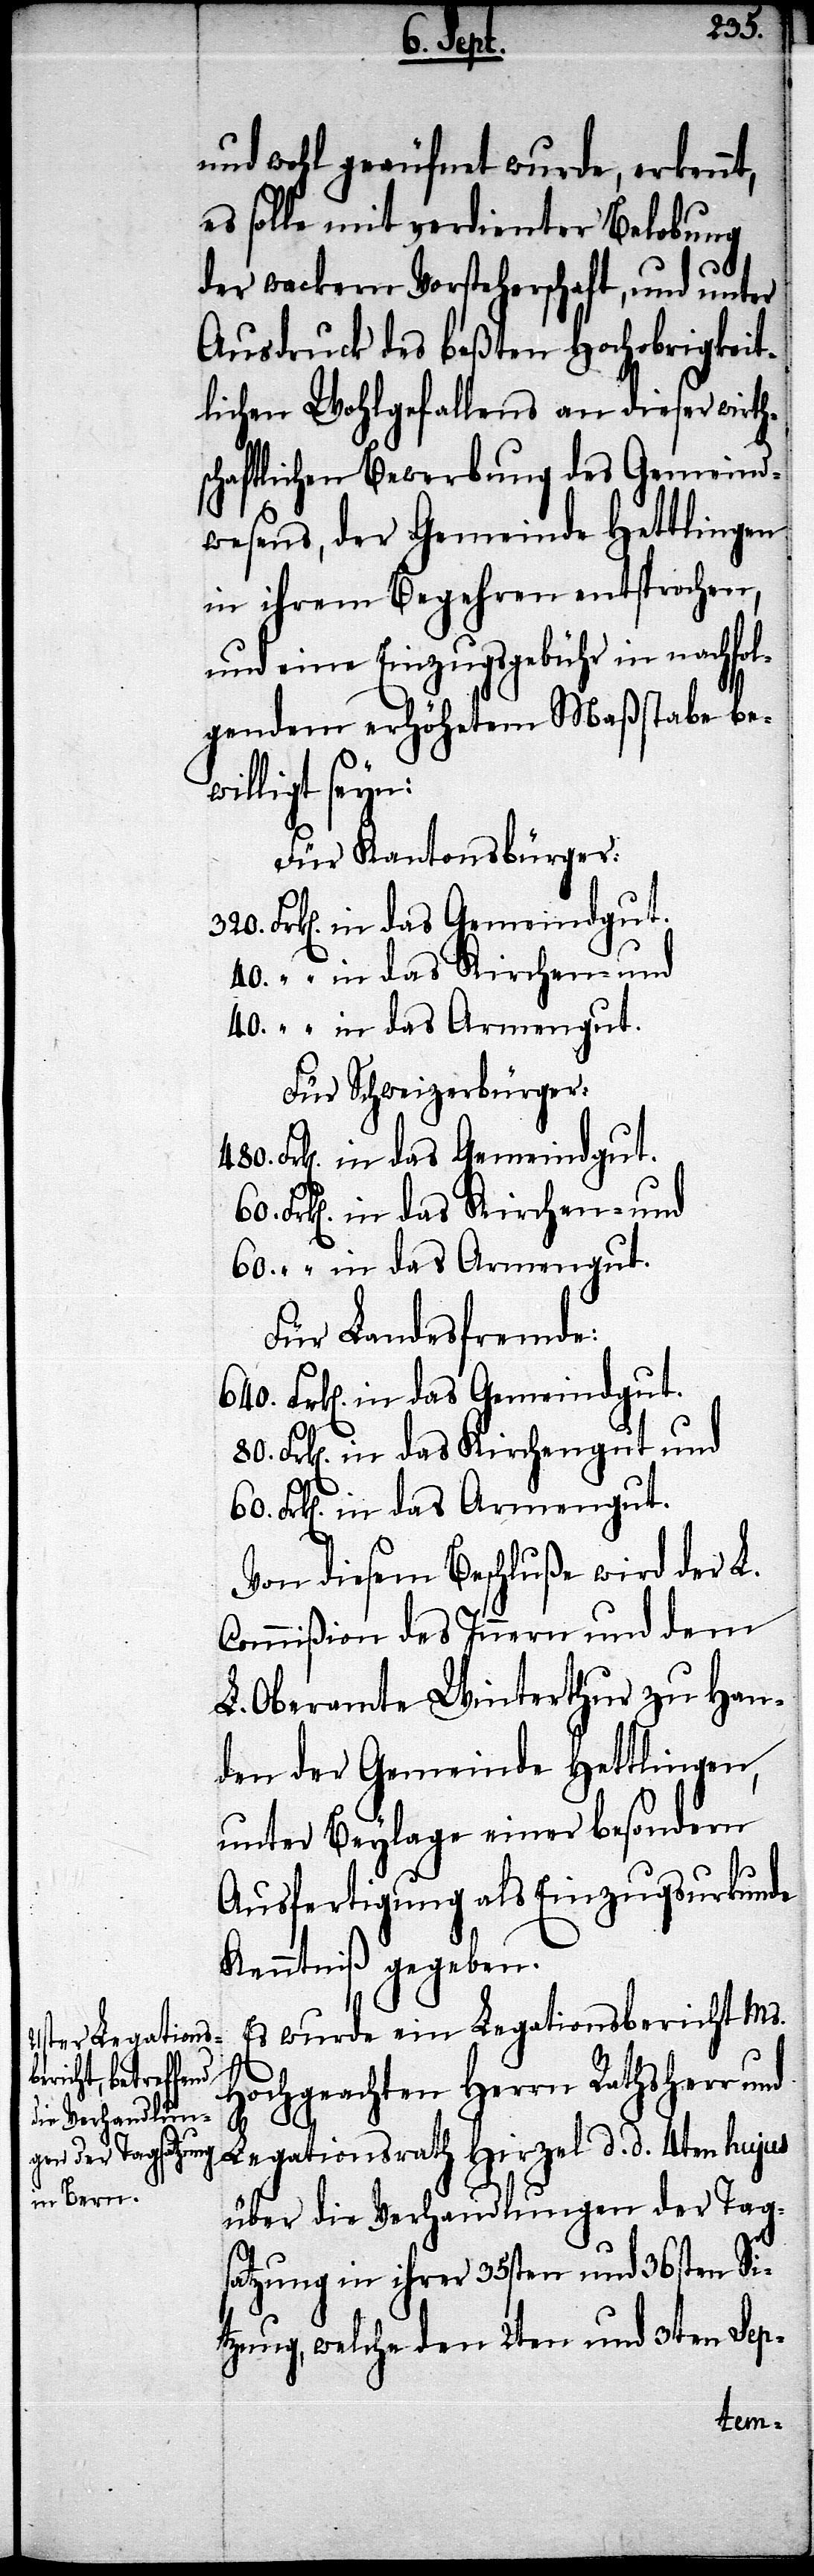
und wohl geäufnet wurde, erkennt,
es solle mit verdienter Belobung
der wackern Vorsteherschaft, und unter
Ausdruck des beßten hochobrigkeit¬
lichen Wohlgefallens an dieser wirth¬
schaftlichen Bewerbung des Gemeind¬
wesens, der Gemeinde Hettlingen
in ihrem Begehren entsprochen,
und eine Einzugsgebühr in nachfol¬
genden erhöhetem Maßstabe be¬
willigt seyn:
Für Kantonsbürger:
Frk[en]. in das Gemeindgut.
Für Schweizerbürger:
Frk[en]. in das Kirchen- und
Frk[en]. in das Armengut.
Für Landesfremde:
Frk[en]. in das Kirchengut und
Von diesem Beschluße wird der L.
Commißion des Innern und dem
L. Oberamte Winterthur zu Han¬
den der Gemeinde Hettlingen,
unter Beylage einer besondern
Ausfertigung als Einzugsurkunde
Kenntniß gegeben.
Es wurde ein Legationsbericht Ms.
Hochgeachten Herrn Rathsherr und
d.
über die Verhandlungen der Tag¬
satzung in ihrer 35sten und 36sten Si¬
tzung, welche den 2ten und 3ten Sep-